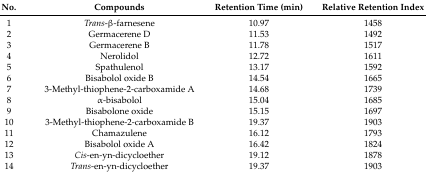
<table><thead><tr><td><b>No.</b></td><td><b>Compounds</b></td><td><b>Retention Time (min)</b></td><td><b>Relative Retention Index</b></td></tr></thead><tbody><tr><td>1</td><td><i>Trans</i>-β-farnesene</td><td>10.97</td><td>1458</td></tr><tr><td>2</td><td>Germacerene D</td><td>11.53</td><td>1492</td></tr><tr><td>3</td><td>Germacerene B</td><td>11.78</td><td>1517</td></tr><tr><td>4</td><td>Nerolidol</td><td>12.72</td><td>1611</td></tr><tr><td>5</td><td>Spathulenol</td><td>13.17</td><td>1592</td></tr><tr><td>6</td><td>Bisabolol oxide B</td><td>14.54</td><td>1665</td></tr><tr><td>7</td><td>3-Methyl-thiophene-2-carboxamide A</td><td>14.68</td><td>1739</td></tr><tr><td>8</td><td>α-bisabolol</td><td>15.04</td><td>1685</td></tr><tr><td>9</td><td>Bisabolone oxide</td><td>15.15</td><td>1697</td></tr><tr><td>10</td><td>3-Methyl-thiophene-2-carboxamide B</td><td>19.37</td><td>1903</td></tr><tr><td>11</td><td>Chamazulene</td><td>16.12</td><td>1793</td></tr><tr><td>12</td><td>Bisabolol oxide A</td><td>16.42</td><td>1824</td></tr><tr><td>13</td><td><i>Cis</i>-en-yn-dicycloether</td><td>19.12</td><td>1878</td></tr><tr><td>14</td><td><i>Trans</i>-en-yn-dicycloether</td><td>19.37</td><td>1903</td></tr></tbody></table>